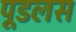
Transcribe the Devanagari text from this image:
पूडलस